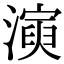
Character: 𤀋